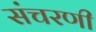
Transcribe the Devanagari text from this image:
संचरणी